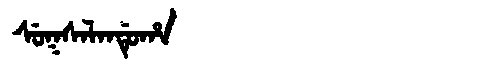
Manchu: ᠰᡠᡴᠰᠠᠯᠠᠨᡩᡠᡥᠠ
Romanization: SUKSALANDUHA